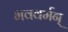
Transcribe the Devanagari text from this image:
भववर्मन्‌